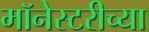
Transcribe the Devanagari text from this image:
मॉनेस्टरीच्या